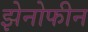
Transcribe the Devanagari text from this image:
झेनोफीन